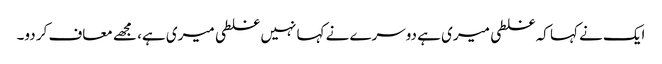
ایک نے کہا کہ غلطی میری ہے دوسرے نے کہا نہیں غلطی میری ہے، مجھے معاف کر دو۔